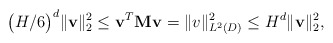
\begin{align*}\big(H/6\big)^{d} \|\mathbf{v} \|_{2}^2 \leq \mathbf{v}^T \mathbf{M} \mathbf{v} = \| v \|_{L^2(D)}^2 \leq H^d \|\mathbf{v} \|_{2}^2,\end{align*}